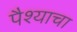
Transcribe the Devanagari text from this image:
पैश्याचा